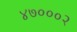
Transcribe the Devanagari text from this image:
४७०००२